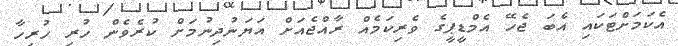
އެކަމަށްޓަކައި އެބަ ޖެހޭ އެމްޑީޕީގެ ވެރިކަމެއް ރާއްޖެއަށް އަޔަނުދިނުމަށް ކުރެވެން ހުރި ހުރިހާ